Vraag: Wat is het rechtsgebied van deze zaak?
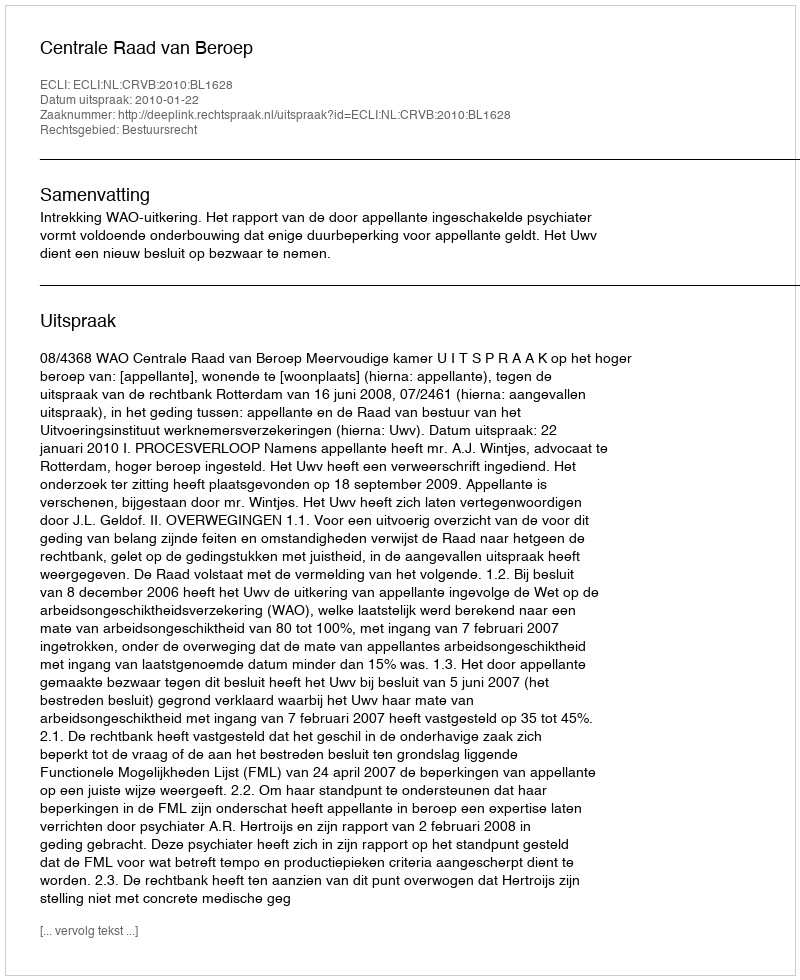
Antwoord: Bestuursrecht